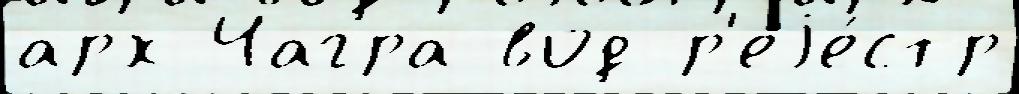
арх Чагра вод р'еjе́стр